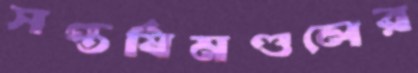
সপ্তর্ষিমণ্ডলের